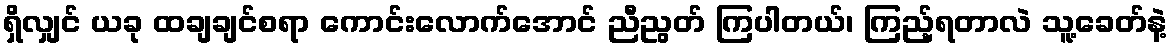
ရှိလျှင် ယခု ထချချင်စရာ ကောင်းလောက်အောင် ညီညွတ် ကြပါတယ်၊ ကြည့်ရတာလဲ သူ့ခေတ်နဲ့